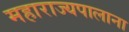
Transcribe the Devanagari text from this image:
महाराज्यपालाना